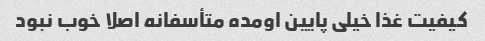
کیفیت غذا خیلی پایین اومده متأسفانه اصلا خوب نبود